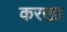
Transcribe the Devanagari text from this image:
करखा